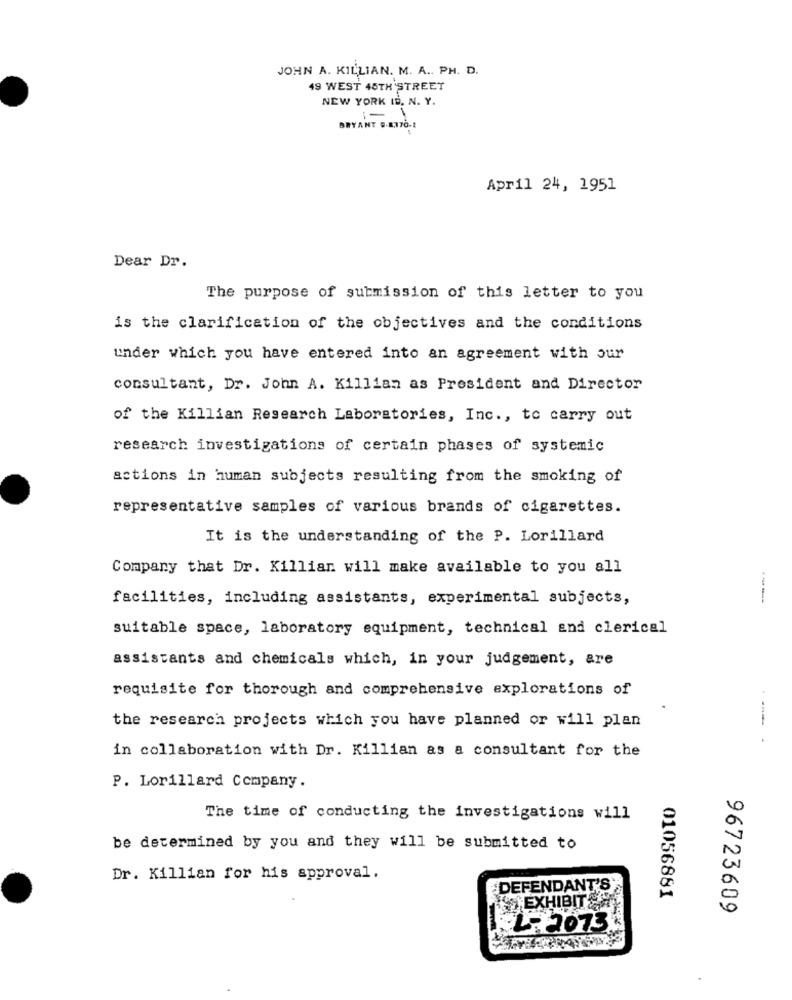
JOHN A. KILLIAN. M. A ., PH. D.
49 WEST 45TH STREET
NEW YORK ID. N. Y.
1
BRYANT 9.8.370-1
April 24, 1951
Dear Dr.
The purpose of submission of this letter to you
is the clarification of the objectives and the conditions
under which you have entered into an agreement with our
consultant, Dr. John A. Killian as President and Director
of the Killian Research Laboratories, Inc ., to carry out
research investigations of certain phases of systemic
actions in human subjects resulting from the smoking of
representative samples of various brands of cigarettes.
It is the understanding of the P. Lorillard
Company that Dr. Killian will make available to you all
facilities, including assistants, experimental subjects,
----
suitable space, laboratory equipment, technical and clerical
assistants and chemicals which, in your judgement, are
requisite for thorough and comprehensive explorations of
the research projects which you have planned or will plan
-
in collaboration with Dr. Killian as a consultant for the
P. Lorillard Company.
The time of conducting the investigations will
be determined by you and they will be submitted to
Dr. Killian for his approval.
DEFENDANT'S
01056881
EXHIBITS
96723609
L. 2073